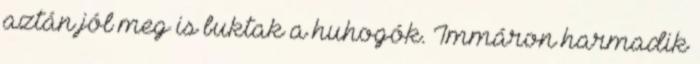
aztán jól meg is buktak a huhogók. Immáron harmadik